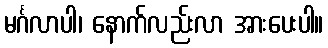
မင်္ဂလာပါ၊ နောက်လည်းလာ အားပေးပါ။